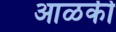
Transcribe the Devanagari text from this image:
आळकी